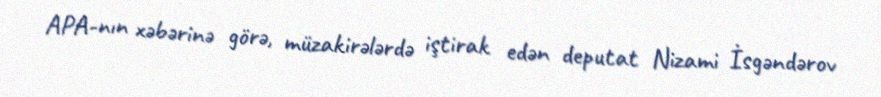
APA-nın xəbərinə görə, müzakirələrdə iştirak edən deputat Nizami İsgəndərov